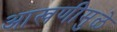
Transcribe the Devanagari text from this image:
आखणीमुळे